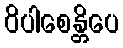
ဝိပါစေန္တိပေ